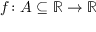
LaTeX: f \colon A \subseteq \mathbb { R } \to \mathbb { R }